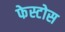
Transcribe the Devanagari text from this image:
फेस्टोस